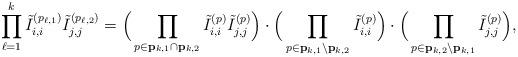
LaTeX: \begin{align*}\prod_{\ell=1}^{k}\tilde I^{(p_{\ell,1})}_{i,i}\tilde I^{(p_{\ell,2})}_{j,j} =\Big( \prod_{ p \in \mathbf{p}_{k,1} \cap \mathbf{p}_{k,2} }\tilde I^{(p)}_{i,i}\tilde I^{(p)}_{j,j} \Big) \cdot\Big( \prod_{ p \in \mathbf{p}_{k,1} \setminus \mathbf{p}_{k,2} }\tilde I^{(p)}_{i,i} \Big) \cdot\Big( \prod_{ p \in \mathbf{p}_{k,2} \setminus \mathbf{p}_{k,1} }\tilde I^{(p)}_{j,j} \Big),\end{align*}